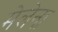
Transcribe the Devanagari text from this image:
मेलेना